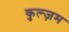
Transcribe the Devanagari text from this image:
कुल्ज़म